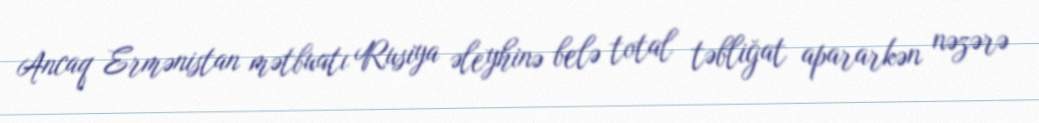
Ancaq Ermənistan mətbuatı Rusiya əleyhinə belə total təbliğat apararkən nəzərə